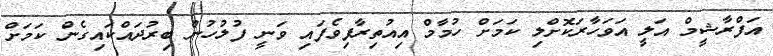
އަފްރާޝީމް އަލީ އަވަހާރަކޮށްލި ކަމަށް ހުމާމް އިއުތިރާފިވެފައި ވަނީ ފުލުހުން ބިރުދައްކައިގެން ކަަމަށް